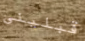
قبليني